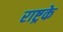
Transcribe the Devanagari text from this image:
राष्ट्रके